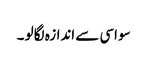
سو اسی سے اندازہ لگا لو ۔